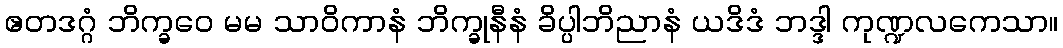
ဧတဒဂ္ဂံ ဘိက္ခဝေ မမ သာဝိကာနံ ဘိက္ခုနီနံ ခိပ္ပါဘိညာနံ ယဒိဒံ ဘဒ္ဒါ ကုဏ္ဍလကေသာ။